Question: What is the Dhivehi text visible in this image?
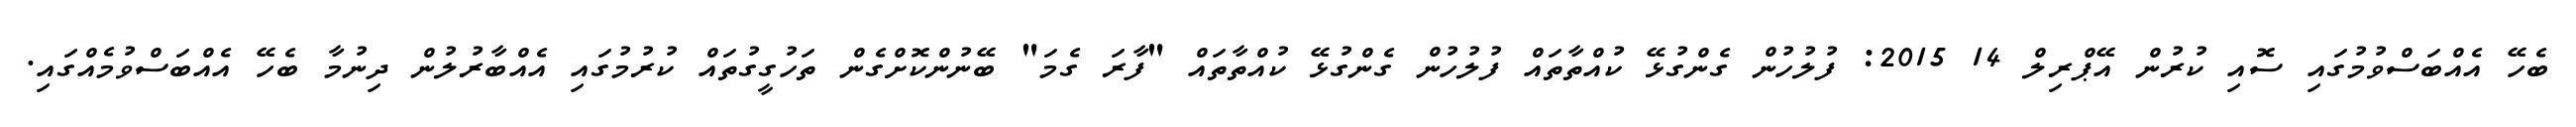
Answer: ބެހޭ އެއްބަސްވުމުގައި ސޮއި ކުރުން އޭޕްރިލް 14 2015: ފުލުހުން ގެންގުޅޭ ކުއްތާތައް ފުލުހުން ގެންގުޅޭ ކުއްތާތައް "ފާރަ ގެމަ" ބޭނުންކޮށްގެން ތަހުގީގުތައް ކުރުމުގައި އެއްބާރުލުން ދިނުމާ ބެހޭ އެއްބަސްވުމެއްގައި.